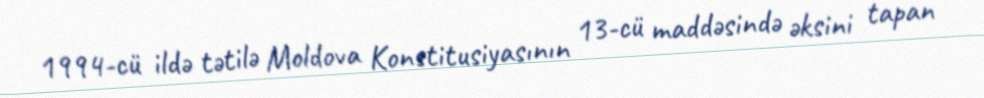
1994-cü ildə tətilə Moldova Konstitusiyasının 13-cü maddəsində əksini tapan